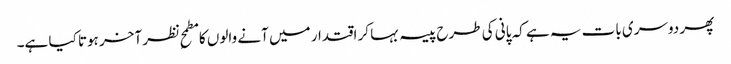
پھر دوسری بات یہ ہے کہ پانی کی طرح پیسہ بہا کر اقتدار میں آنے والوں کا مطمحِ نظر آخر ہوتا کیا ہے۔